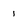
Character: i